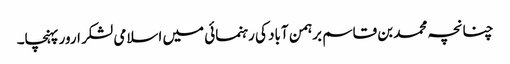
چنانچہ محمد بن قاسم برہمن آباد کی رہنمائی میں اسلامی لشکر ارور پہنچا۔